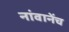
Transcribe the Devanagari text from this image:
नांवानेंच